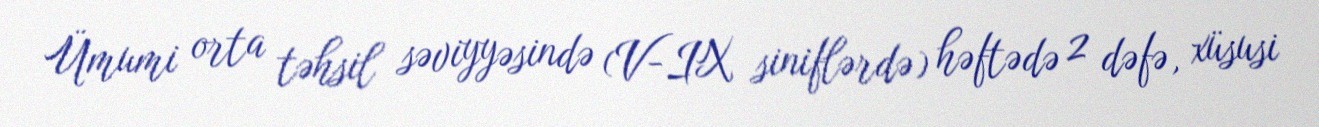
Ümumi orta təhsil səviyyəsində (V-IX siniflərdə) həftədə 2 dəfə, xüsusi